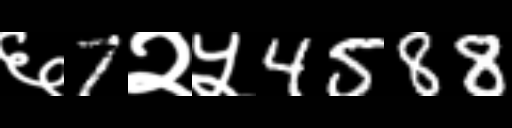
Text: ६7२५4588